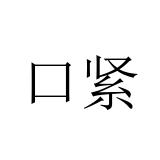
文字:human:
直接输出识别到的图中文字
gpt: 口紧